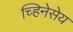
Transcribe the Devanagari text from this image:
च्हिनेसेय